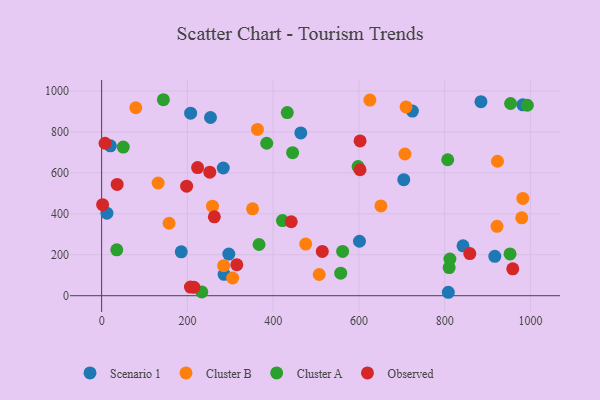
{"axis": {"x": "Investment", "y": "Profit"}, "legend": ["Cluster A", "Cluster B", "Observed", "Scenario 1"], "data": [{"x": "808.6", "y": 16.8, "type": "Scenario 1"}, {"x": "917.0", "y": 192.2, "type": "Scenario 1"}, {"x": "283.7", "y": 623.8, "type": "Scenario 1"}, {"x": "884.7", "y": 947.6, "type": "Scenario 1"}, {"x": "842.9", "y": 243.7, "type": "Scenario 1"}, {"x": "253.9", "y": 870.5, "type": "Scenario 1"}, {"x": "464.5", "y": 795.1, "type": "Scenario 1"}, {"x": "12.3", "y": 402.9, "type": "Scenario 1"}, {"x": "704.7", "y": 566.6, "type": "Scenario 1"}, {"x": "982.5", "y": 932.4, "type": "Scenario 1"}, {"x": "185.7", "y": 214.4, "type": "Scenario 1"}, {"x": "285.6", "y": 104.3, "type": "Scenario 1"}, {"x": "20.4", "y": 732.2, "type": "Scenario 1"}, {"x": "724.8", "y": 902.0, "type": "Scenario 1"}, {"x": "601.4", "y": 266.1, "type": "Scenario 1"}, {"x": "296.6", "y": 203.5, "type": "Scenario 1"}, {"x": "207.6", "y": 891.4, "type": "Scenario 1"}, {"x": "979.9", "y": 380.6, "type": "Cluster B"}, {"x": "507.5", "y": 103.7, "type": "Cluster B"}, {"x": "922.2", "y": 338.8, "type": "Cluster B"}, {"x": "157.3", "y": 353.8, "type": "Cluster B"}, {"x": "982.4", "y": 475.1, "type": "Cluster B"}, {"x": "258.5", "y": 437.3, "type": "Cluster B"}, {"x": "79.7", "y": 918.1, "type": "Cluster B"}, {"x": "707.5", "y": 692.1, "type": "Cluster B"}, {"x": "352.0", "y": 424.5, "type": "Cluster B"}, {"x": "476.0", "y": 252.0, "type": "Cluster B"}, {"x": "284.6", "y": 146.7, "type": "Cluster B"}, {"x": "710.0", "y": 921.8, "type": "Cluster B"}, {"x": "363.4", "y": 812.3, "type": "Cluster B"}, {"x": "651.4", "y": 438.3, "type": "Cluster B"}, {"x": "305.5", "y": 86.4, "type": "Cluster B"}, {"x": "625.7", "y": 955.3, "type": "Cluster B"}, {"x": "131.8", "y": 550.4, "type": "Cluster B"}, {"x": "923.3", "y": 656.6, "type": "Cluster B"}, {"x": "557.6", "y": 110.3, "type": "Cluster A"}, {"x": "144.0", "y": 957.2, "type": "Cluster A"}, {"x": "807.2", "y": 664.1, "type": "Cluster A"}, {"x": "562.1", "y": 216.4, "type": "Cluster A"}, {"x": "993.0", "y": 930.1, "type": "Cluster A"}, {"x": "598.2", "y": 630.5, "type": "Cluster A"}, {"x": "233.6", "y": 18.4, "type": "Cluster A"}, {"x": "810.5", "y": 137.5, "type": "Cluster A"}, {"x": "433.0", "y": 894.4, "type": "Cluster A"}, {"x": "385.0", "y": 744.7, "type": "Cluster A"}, {"x": "367.1", "y": 250.2, "type": "Cluster A"}, {"x": "812.3", "y": 179.0, "type": "Cluster A"}, {"x": "35.3", "y": 224.2, "type": "Cluster A"}, {"x": "445.4", "y": 698.6, "type": "Cluster A"}, {"x": "953.8", "y": 938.7, "type": "Cluster A"}, {"x": "50.4", "y": 726.1, "type": "Cluster A"}, {"x": "421.8", "y": 366.8, "type": "Cluster A"}, {"x": "952.6", "y": 204.2, "type": "Cluster A"}, {"x": "262.9", "y": 385.4, "type": "Observed"}, {"x": "8.0", "y": 744.6, "type": "Observed"}, {"x": "36.2", "y": 543.5, "type": "Observed"}, {"x": "2.3", "y": 444.7, "type": "Observed"}, {"x": "858.7", "y": 205.8, "type": "Observed"}, {"x": "602.8", "y": 756.0, "type": "Observed"}, {"x": "315.3", "y": 151.2, "type": "Observed"}, {"x": "514.7", "y": 216.4, "type": "Observed"}, {"x": "958.9", "y": 131.2, "type": "Observed"}, {"x": "198.2", "y": 535.2, "type": "Observed"}, {"x": "207.1", "y": 42.4, "type": "Observed"}, {"x": "252.2", "y": 603.6, "type": "Observed"}, {"x": "442.3", "y": 361.2, "type": "Observed"}, {"x": "602.7", "y": 615.2, "type": "Observed"}, {"x": "215.1", "y": 41.5, "type": "Observed"}, {"x": "223.8", "y": 625.8, "type": "Observed"}]}